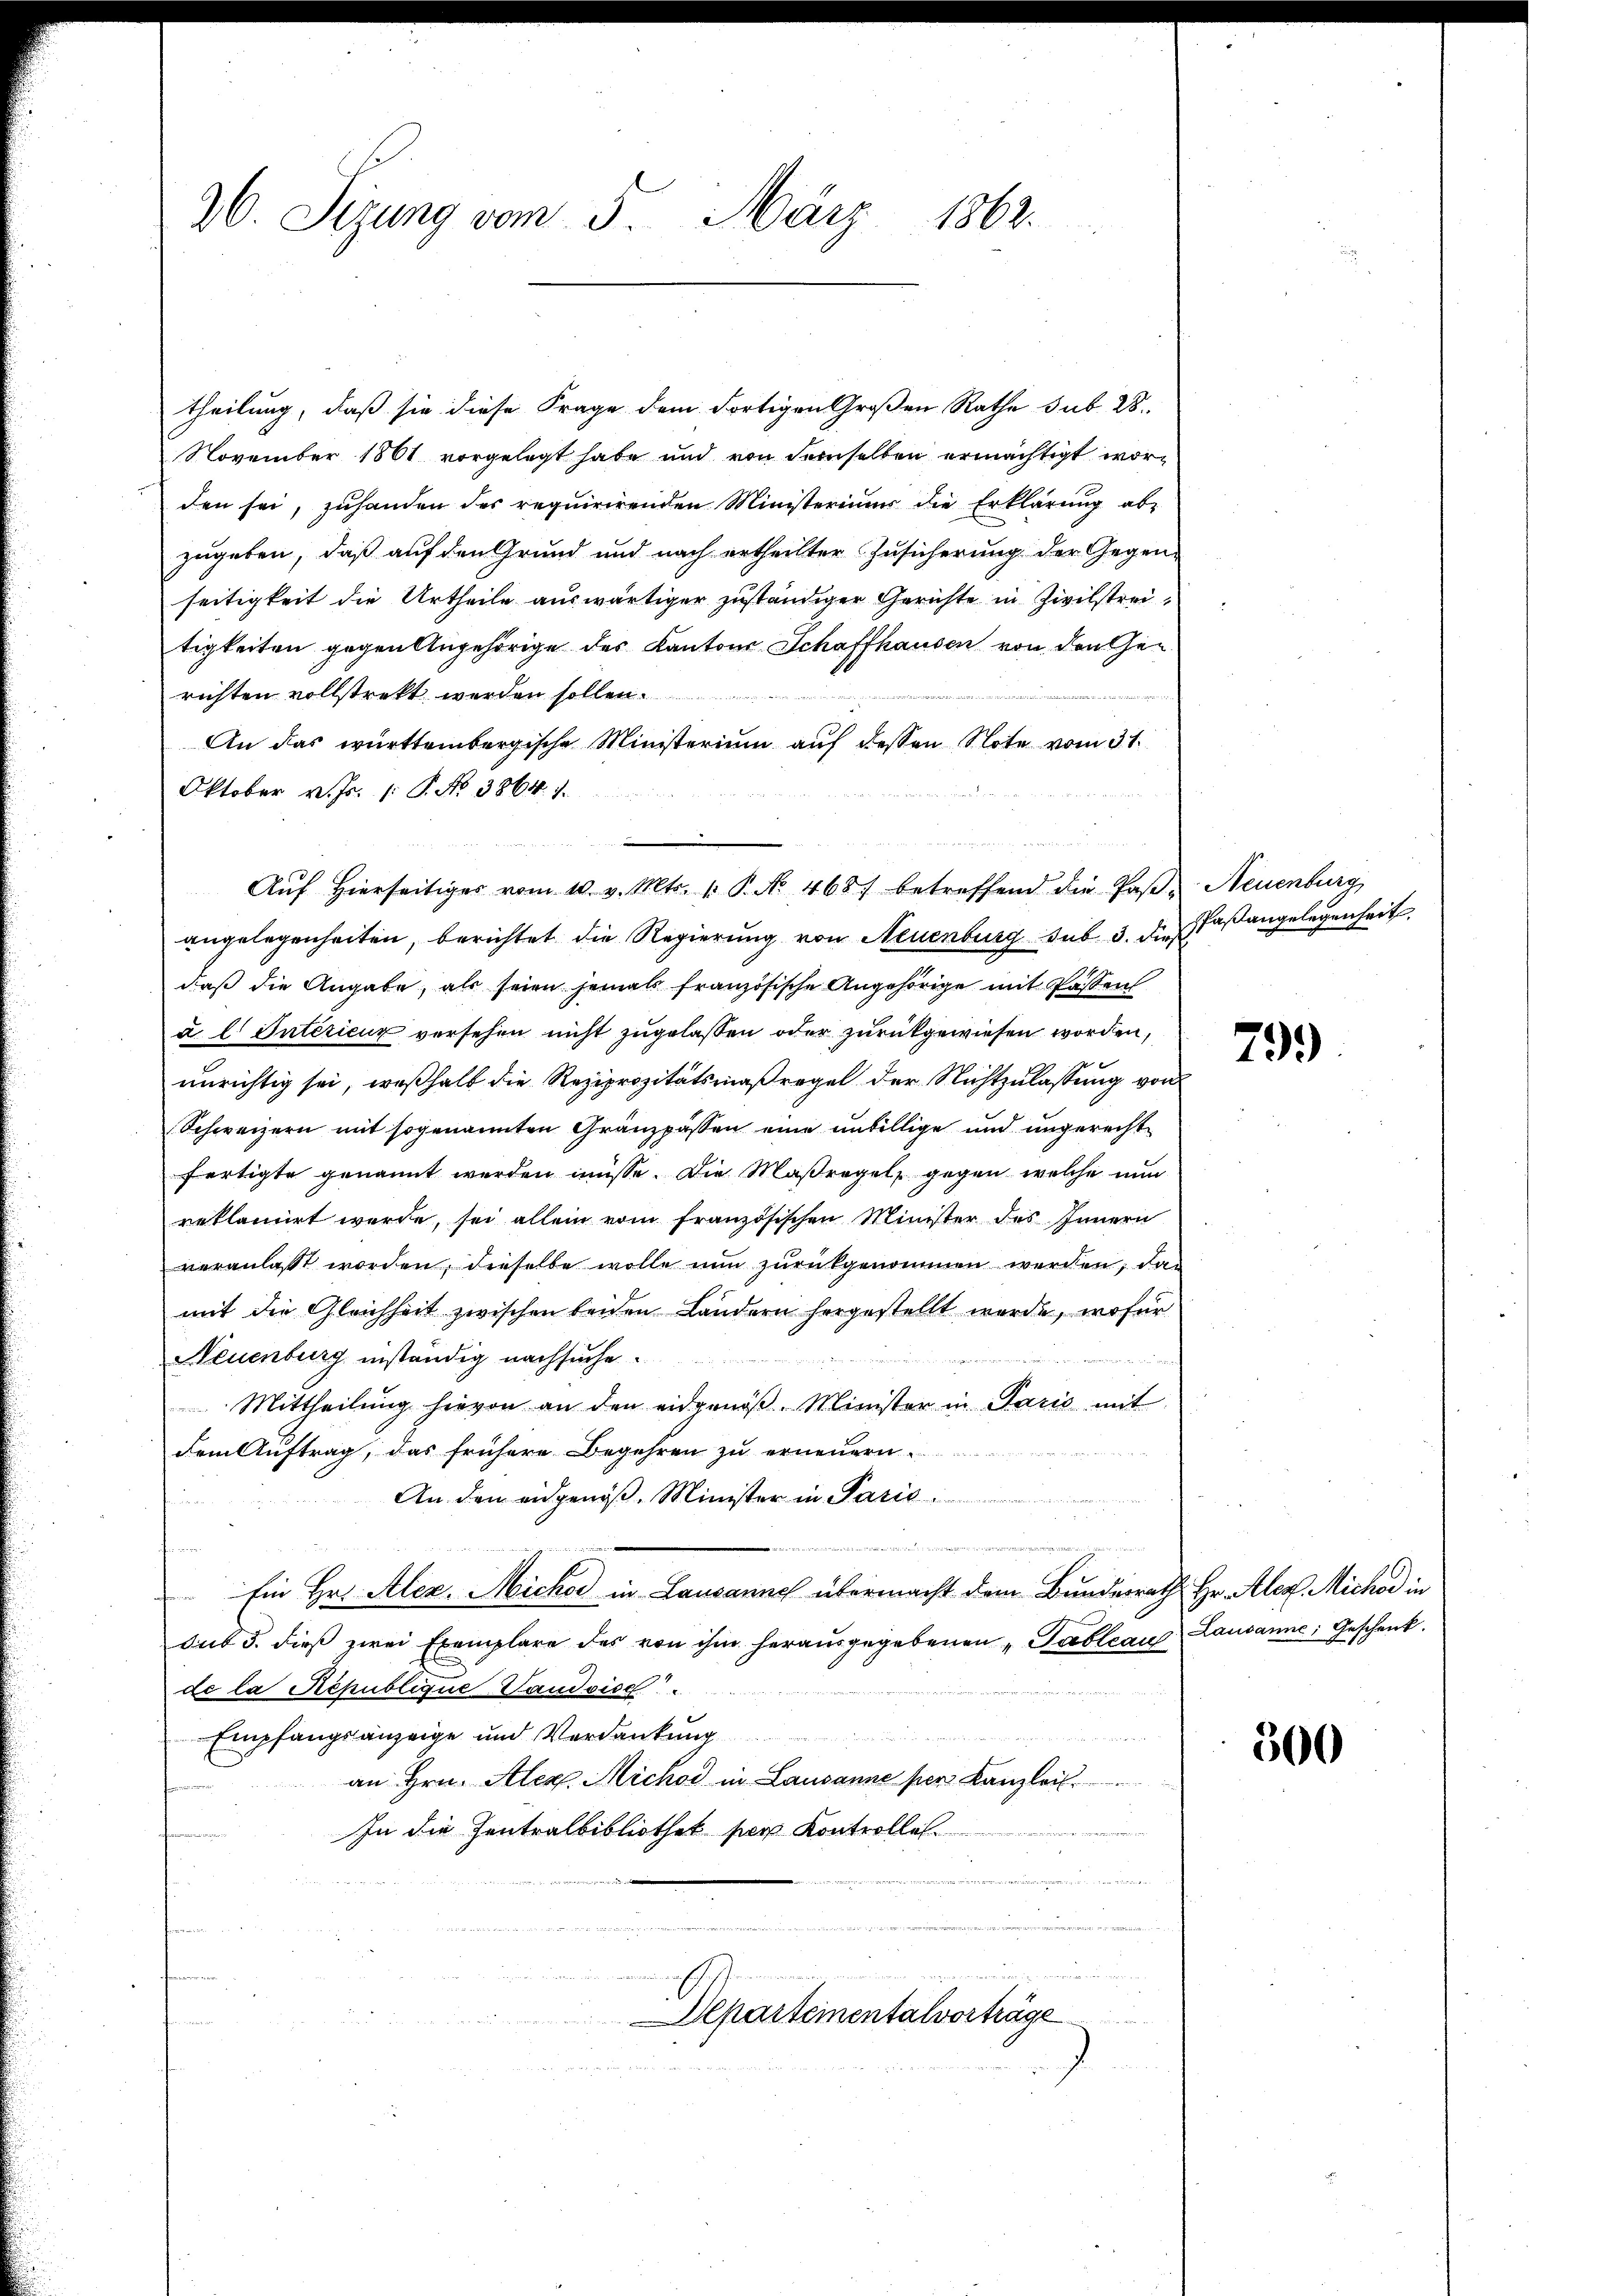
26. Sizung vom 5. März
1862.

theilung, daß sie diese Frage dem Fortigen Großen Rathe sub 28.
November 1861 vorgelegt habe und von demselben ermächtigt worden sei, zuhanden des requirirenden Ministeriums die Erklärŭng ab-
zugeben, daß auf den Grund und nach ertheilter Zusicherung der Gegen-
seitigkeit die Urtheile auswärtiger zuständiger Gerichte in Zivilstreitigkeiten gegen Angehörige des Kantons Schaffhausen von den Gen
richten vollstrekt werden sollen.
An das württembergische Ministerium aŭf dessen Note vom 31.
Oktober v. Js. (: P. No. 3864. 7.
angelegenheiten, berichtet die Regierung von Neuenburg sub. 3. die Faßangelegenheit
daß die Angabe, als seien jemals französische Angehörige mit Passen
a l. Intérieux versehen nicht zugelassen oder zurückgewiesen worden,
unrichtig sei, weßhalb die Reziprozitätsmaßregel der Nichtzulassung von
Schweizern mit sogenannten Gränzpassen eine unbillige und ungerechte
fertigte genannt werden müsse. Die Maßregel, gegen welche nun
reklamirt werde, sei allein vom französischen Minister des Innern
veranlasst worden, dieselbe wolle nun zurückgenommen werden, das
mit die Gleichheit zwischen beiden Ländern hergestellt werde, wofür
Neuenburg inständig nachsuche
n in zu w
Mittheilŭng hievon an den eidgenöβ. Minister in Pario mit
dem Auftrag, das frühere Begehren zu erneuern
An den eidgenöß. Minister in Parić:
Ein Hr. Alez. Michor in Lausanne übermacht dem Bundesrath Hr. Alex. Michor in
sub 5. dieß zwei Exemplare des von ihm herausgegebenen „Gableau Lausanne, Geschenk.
de la République Landsice
Empfangsanzeige und Verdankung
an Hrn. Alex Michod in Lausanne per Kanzlei.
In die Zentralbibliothek per Kontrollas

Aŭf Hierseitiges vom 10. v. Mts. v. P. No 468 betreffend die Paβ. Neuenburg

Departementalverträge

799.

500